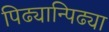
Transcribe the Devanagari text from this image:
पिढ्यान्पिढ्या